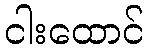
ငါးထောင်